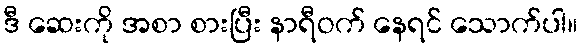
ဒီ ဆေးကို အစာ စားပြီး နာရီဝက် နေရင် သောက်ပါ။